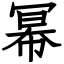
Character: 幂